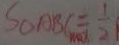
S _ { \Delta } A B C = \frac { 1 } { 2 }